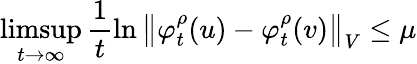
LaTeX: \operatorname*{limsup}_{t\to\infty}\frac{1}{t}\ln\left\Vert\varphi_{t}^{\rho}(u)-\varphi_{t}^{\rho}(v)\right\Vert_{V}\leq\mu